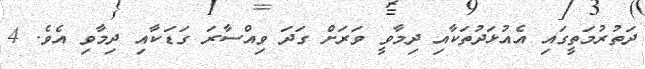
ދަތުރުމަތީގައި އެއުޅަދުތަކާއި ދިމާވީ ވަރަށް ގަދަ ވިއްސާރަ ގަޑަކާއި ދިމާވި އެވެ. 4